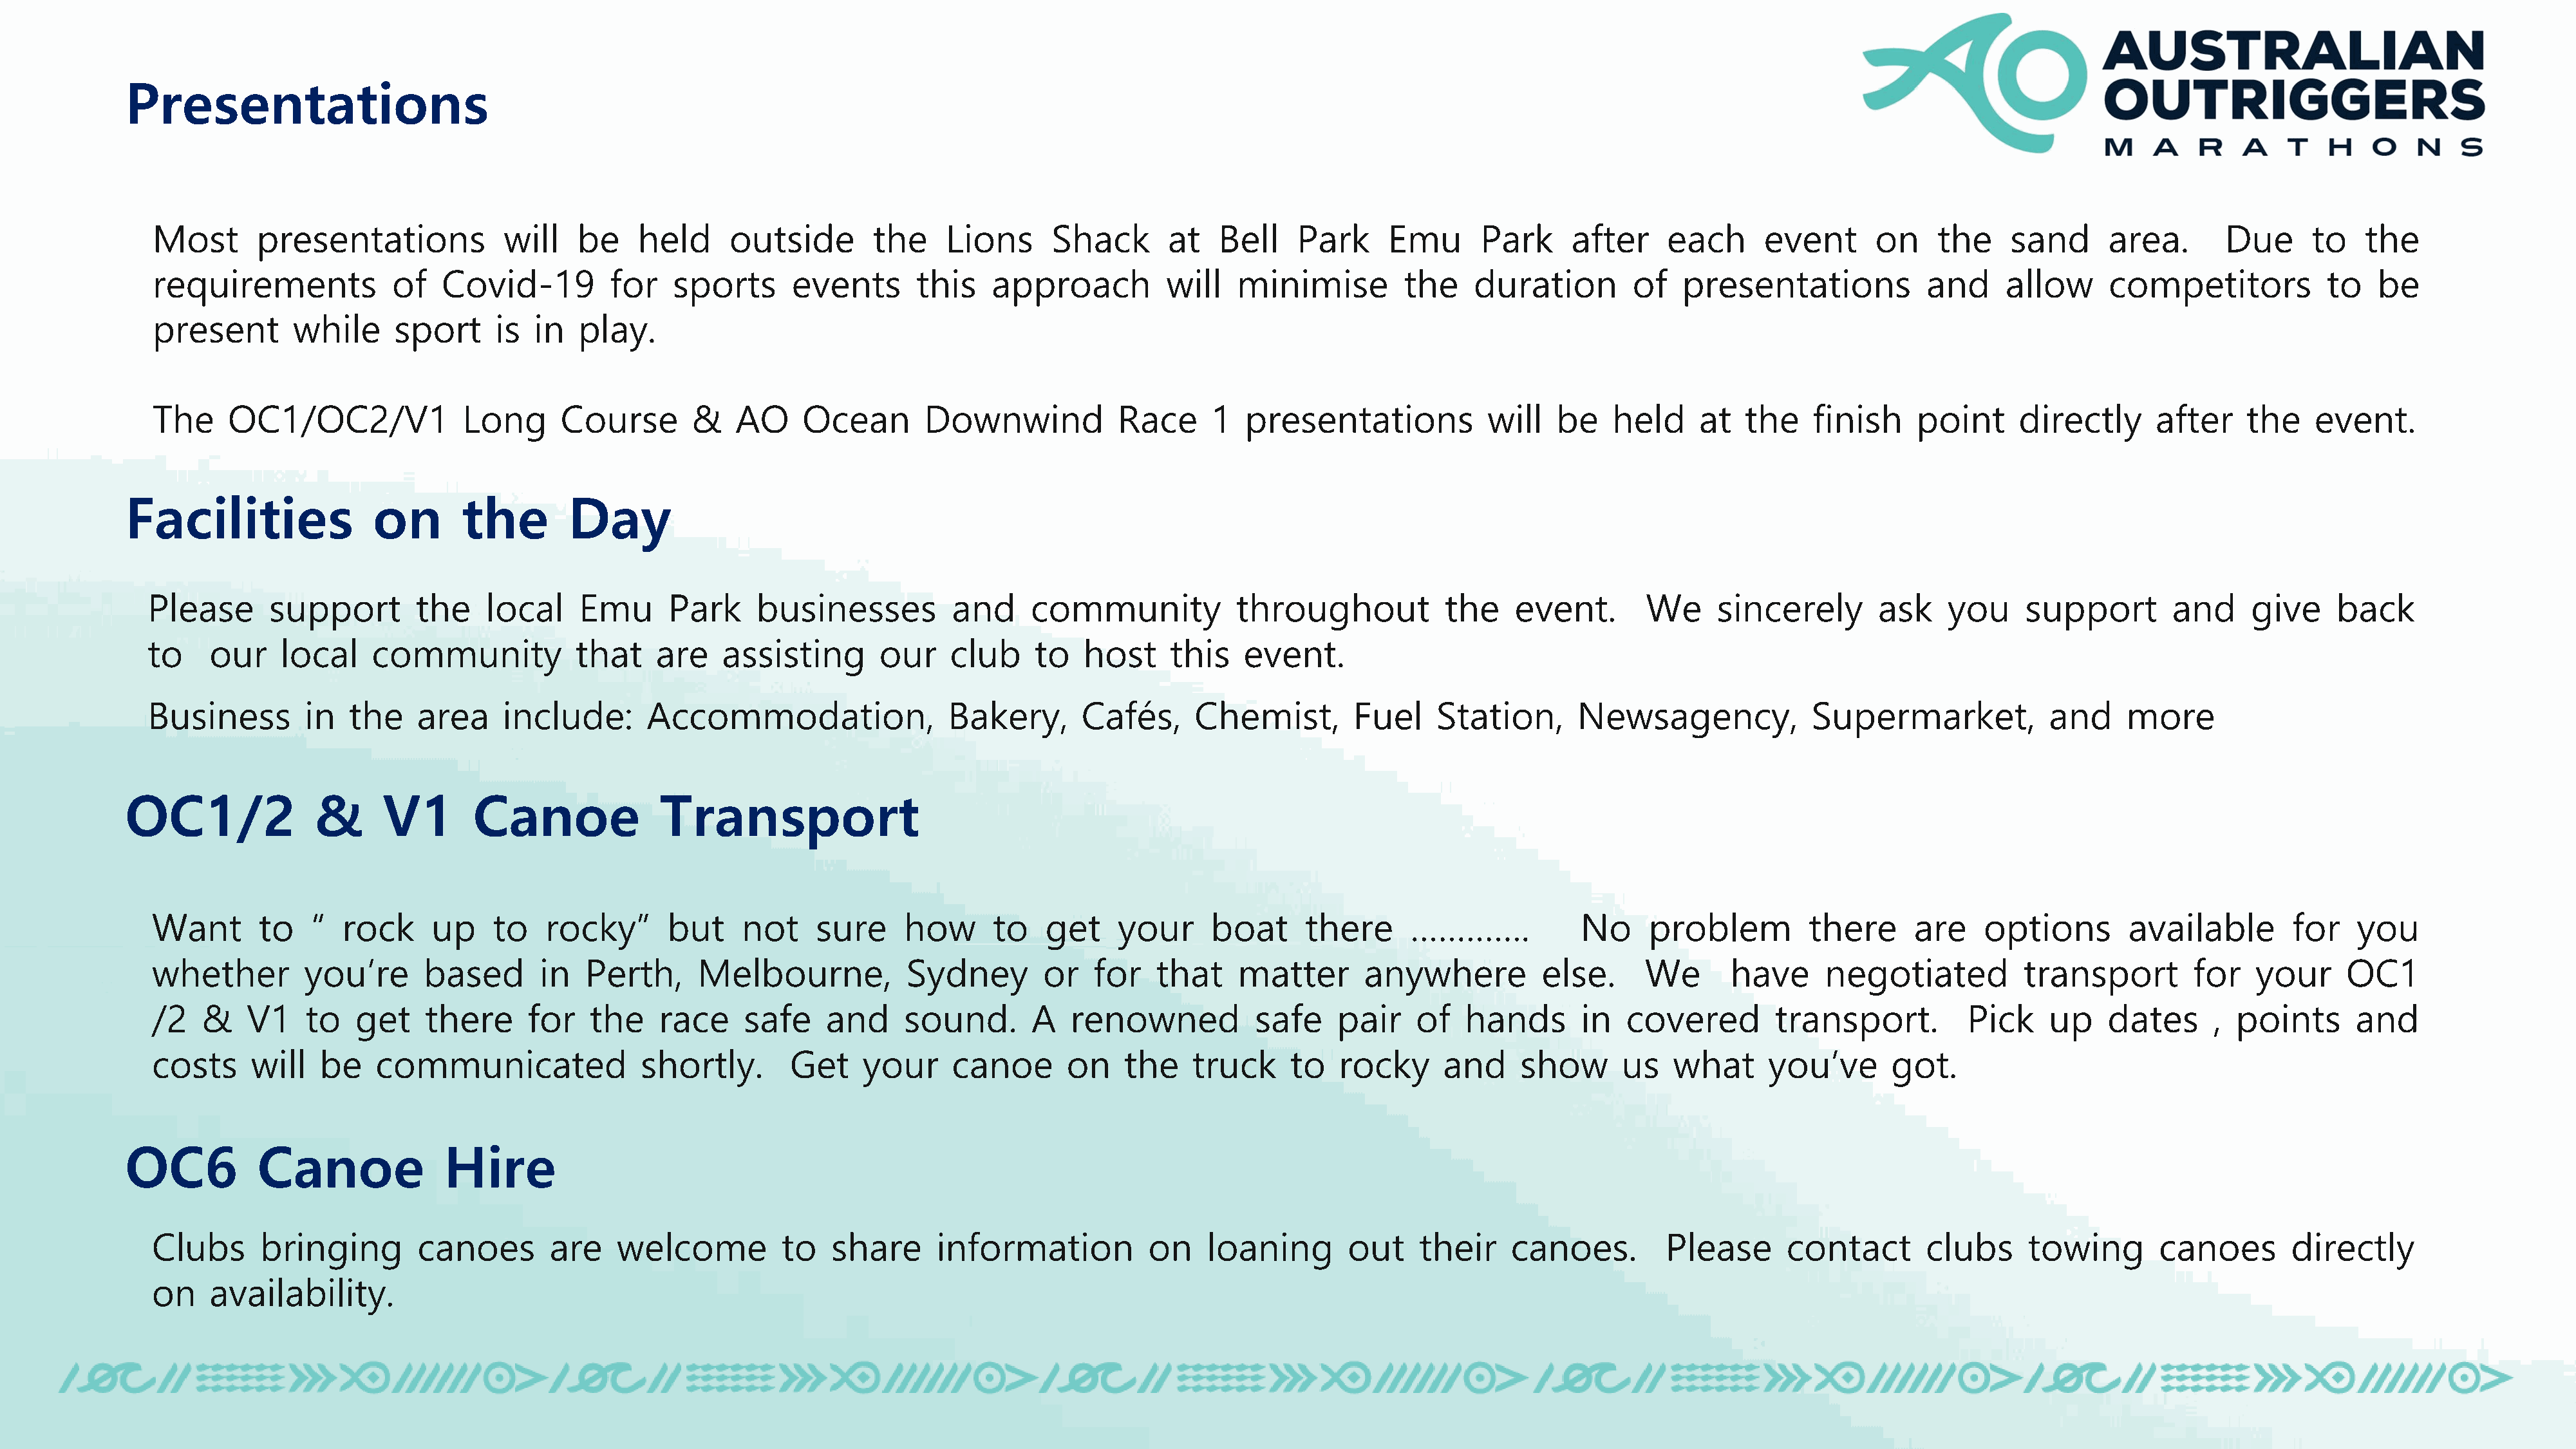
Presentations
 Most      presentations             will   be     held     outside        the    Lions      Shack       at   Bell    Park      Emu      Park      after    each      event       on    the     sand      area.       Due      to   the
 requirements            of   Covid-19          for   sports      events       this    approach          will   minimise         the     duration        of   presentations            and     allow      competitors           to   be
 present       while      sport     is  in  play.
 The    OC1/OC2/V1               Long      Course       &    AO    Ocean        Downwind            Race     1   presentations            will   be    held     at  the    finish     point      directly      after    the    event.
 Facilities               on       the        Day
 Please       support        the    local     Emu      Park     businesses          and     community            throughout            the    event.       We     sincerely        ask    you     support        and     give     back
 to     our    local    community            that    are    assisting       our     club    to   host     this    event.
 Business        in   the    area     include:      Accommodation,                 Bakery,       Cafés,      Chemist,        Fuel     Station,      Newsagency,             Supermarket,             and     more
 OC1/2              &      V1        Canoe              Transport
 Want       to   “  rock     up     to   rocky”       but    not     sure     how      to   get     your     boat      there      ………….            No     problem          there      are    options        available        for   you
 whether        you’re       based      in   Perth,      Melbourne,           Sydney        or   for    that    matter       anywhere          else.      We       have      negotiated          transport        for    your     OC1
 /2   &   V1    to    get    there     for    the    race    safe     and     sound.       A   renowned           safe    pair     of   hands       in  covered        transport.          Pick     up    dates      , points      and
 costs     will   be    communicated               shortly.       Get     your     canoe       on    the    truck     to   rocky     and     show       us   what      you’ve      got.
 OC6          Canoe               Hire
 Clubs      bringing        canoes       are    welcome          to   share      information           on    loaning        out    their    canoes.         Please       contact       clubs     towing        canoes        directly
 on    availability.